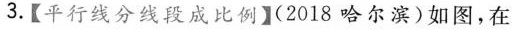
3.【平行线分线段成比例】(2018哈尔滨)如图，在